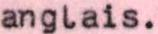
anglais.